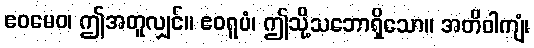
ဧဝမေဝ၊ ဤအတူလျှင်။ ဧဝရူပံ၊ ဤသို့သဘောရှိသော။ အတိဝါကျံ၊